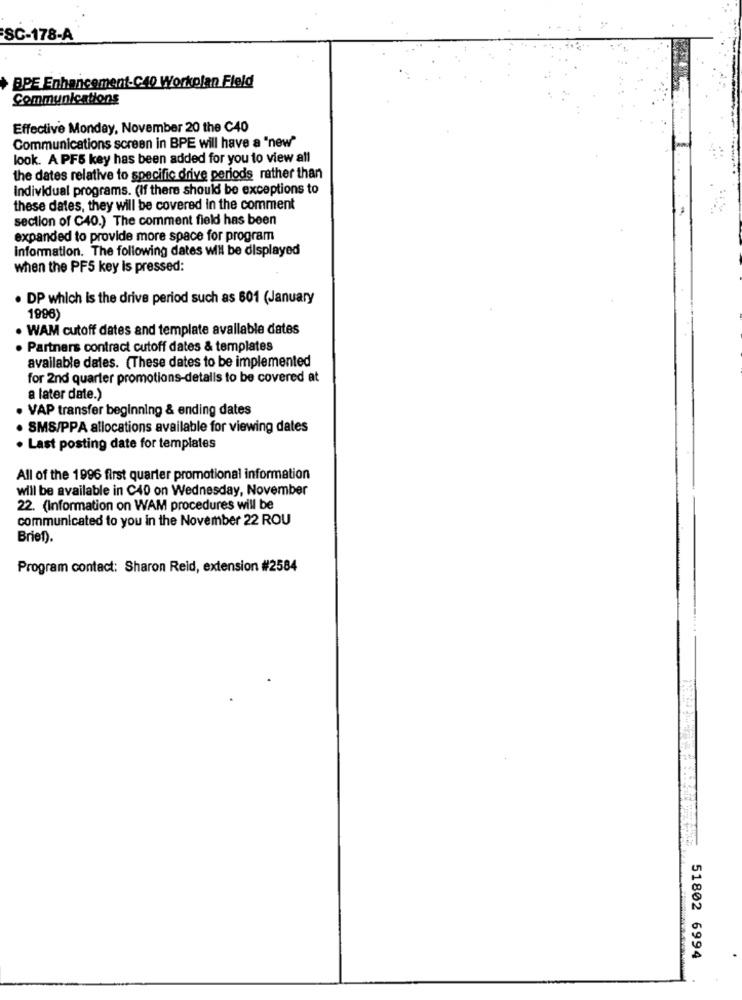
SC-178-A
BPE Enhancement-C40 Workplan Fleld
Communications
Effective Monday, November 20 the C40
Communications screen in BPE will have a "new"
look. A PF5 key has been added for you to view all
the dates relative to specific drive periods rather than
Individual programs. (If there should be exceptions to
these dates, they will be covered In the comment
section of C40.) The comment field has been
expanded to provide more space for program
information. The following dates will be displayed
when the PF5 key Is pressed:
. DP which is the drive period such as 601 (January
1996)
· WAM cutoff dates and template available dates
. Partners contract cutoff dates & templates
available dales. (These dates to be implemented
for 2nd quarter promotions-detalls to be covered at
a later date.)
. VAP transfer beginning & ending dates
. SMS/PPA allocations available for viewing dates
. Last posting date for templates
All of the 1996 first quarter promotional information
will be available in C40 on Wednesday, November
22. (Information on WAM procedures will be
communicated to you in the November 22 ROU
Brief).
Program contact: Sharon Reid, extension #2584
51802 6994